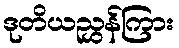
ဒုတိယညွှန်ကြား